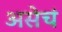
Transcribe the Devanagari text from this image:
असेचं